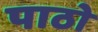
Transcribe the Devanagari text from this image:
पाठो